Civil Veterinary Department Bengal reports 1923-33 - 1923-1933
Year: 1923
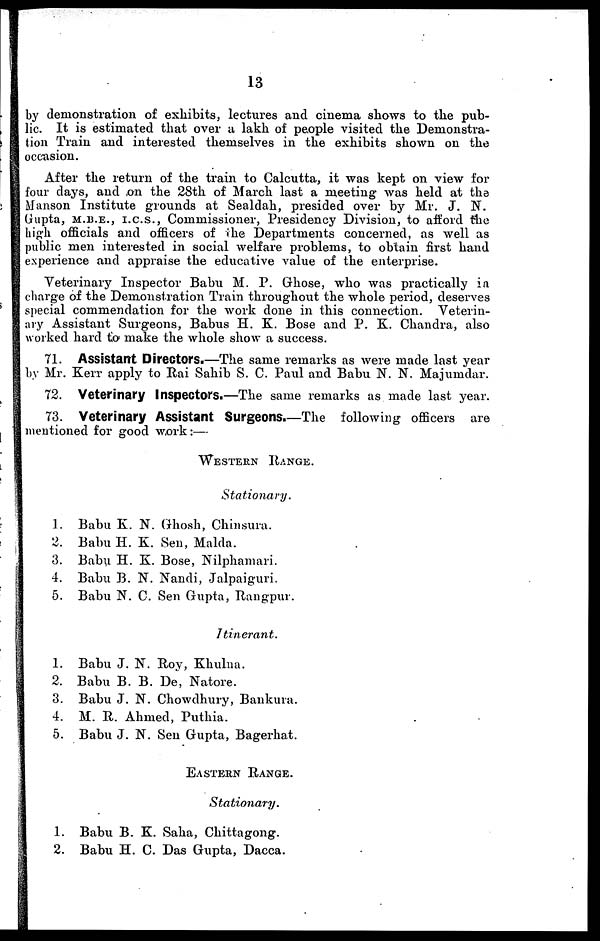
13
by demonstration of exhibits, lectures and cinema shows to the pub-
lic. It is estimated that over a lakh of people visited the Demonstra-
tion Train and interested themselves in the exhibits shown on the
occasion.
After the return of the train to Calcutta, it was kept on view for
four days, and on the 28th of March last a meeting was held at the
Manson Institute grounds at Sealdah, presided over by Mr. J. N.
Gupta, M.B.E., I.C.S., Commissioner, Presidency Division, to afford the
high officials and officers of the Departments concerned, as well as
public men interested in social welfare problems, to obtain first hand
experience and appraise the educative value of the enterprise.
Veterinary Inspector Babu M. P. Ghose, who was practically in
charge of the Demonstration Train throughout the whole period, deserves
special commendation for the work done in this connection. Veterin-
ary Assistant Surgeons, Babus H. K. Bose and P. K. Chandra, also
worked hard to make the whole show a success.
71. Assistant Directors.—The same remarks as were made last year
by Mr. Kerr apply to Rai Sahib S. C. Paul and Babu N. N. Majumdar.
72. Veterinary Inspectors.—The same remarks as made last year.
73. Veterinary Assistant Surgeons.—The following officers are
mentioned for good work:—
WESTERN RANGE.
Stationary.
1. Babu K. N. Ghosh, Chinsura.
2. Babu H. K. Sen, Malda.
3. Babu H. K. Bose, Nilphamari.
4. Babu B. N. Nandi, Jalpaiguri.
5. Babu N. C. Sen Gupta, Rangpur.
Itinerant.
1. Babu J. N. Roy, Khulna.
2. Babu B. B. De, Natore.
3. Babu J. N. Chowdhury, Bankura.
4. M. R. Ahmed, Puthia.
5. Babu J. N. Sen Gupta, Bagerhat.
EASTERN RANGE.
Stationary.
1. Babu B. K. Saha, Chittagong.
2. Babu H. C. Das Gupta, Dacca.